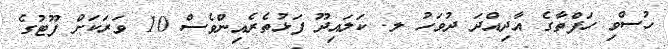
ހުސްވި ހަފްތާގެ އާދިއްދަ ދުވަހު ލ. ކަލައިދޫ ފަޅުތެރެއިންވެސް 10 ވަރަކަށް ފޫޓުގެ